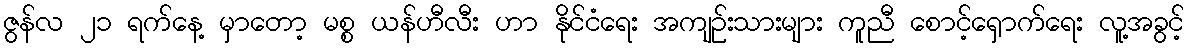
ဇွန်လ ၂၁ ရက်နေ့ မှာတော့ မစ္စ ယန်ဟီလီး ဟာ နိုင်ငံရေး အကျဉ်းသားများ ကူညီ စောင့်ရှောက်ရေး လူ့အခွင့်